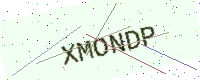
Text: XMONDP